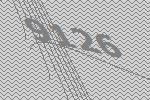
9126